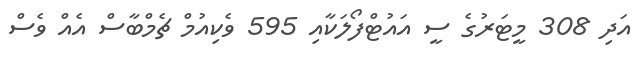
އަދި 308 މީޓަރުގެ ސީ އައުޓްފޯލަކާއި 595 ވެކިއުމް ޗެމްބާސް އެއް ވެސް